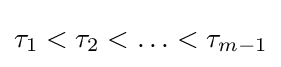
\tau _{1}<\tau _{2}<\ldots <\tau _{m-1}